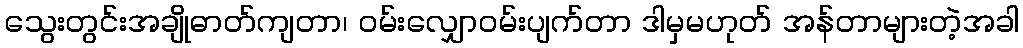
သွေးတွင်းအချိုဓာတ်ကျတာ၊ ၀မ်းလျှော၀မ်းပျက်တာ ဒါမှမဟုတ် အန်တာများတဲ့အခါ